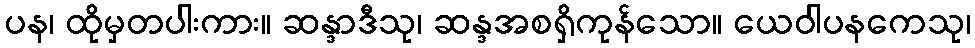
ပန၊ ထိုမှတပါးကား။ ဆန္ဒာဒီသု၊ ဆန္ဒအစရှိကုန်သော။ ယေဝါပနကေသု၊